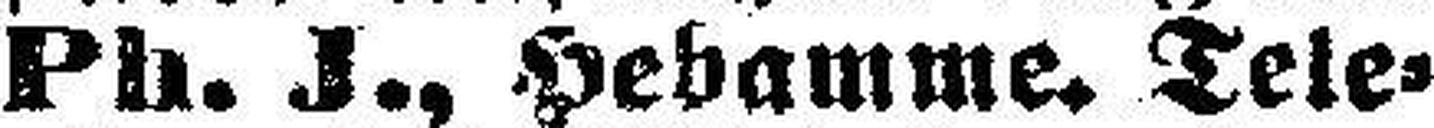
Pb. J., Hebamme. Tele¬